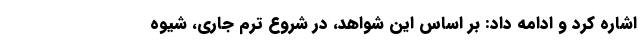
اشاره کرد و ادامه داد: بر اساس این شواهد، در شروع ترم جاری، شیوه